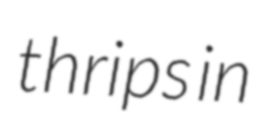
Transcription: thrips in